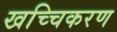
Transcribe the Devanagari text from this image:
खच्चिकरण